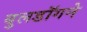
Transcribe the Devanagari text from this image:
बुलडॉगने